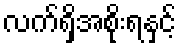
လက်ရှိအစိုးရနှင့်